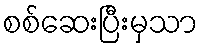
စစ်ဆေးပြီးမှသာ